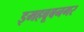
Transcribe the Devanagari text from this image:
इमहबूबनगर